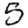
Digit: 5